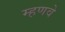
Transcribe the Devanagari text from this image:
म्हणवे